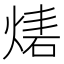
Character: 𤊴